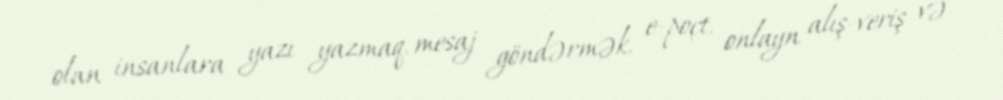
olan insanlara yazı yazmaq, mesaj göndərmək, e-poçt, onlayn alış-veriş və